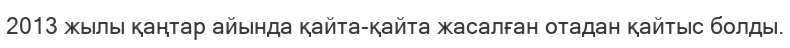
2013 жылы қаңтар айында қайта-қайта жасалған отадан қайтыс болды.